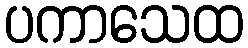
ပကာသေထ